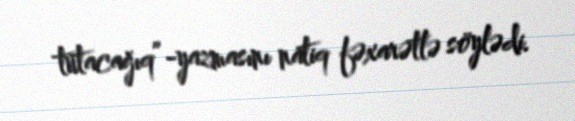
tutacağıq”-yazmasını natiq fəxarətlə söylədi.